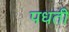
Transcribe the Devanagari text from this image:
पधती